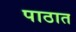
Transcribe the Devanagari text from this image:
पाठात